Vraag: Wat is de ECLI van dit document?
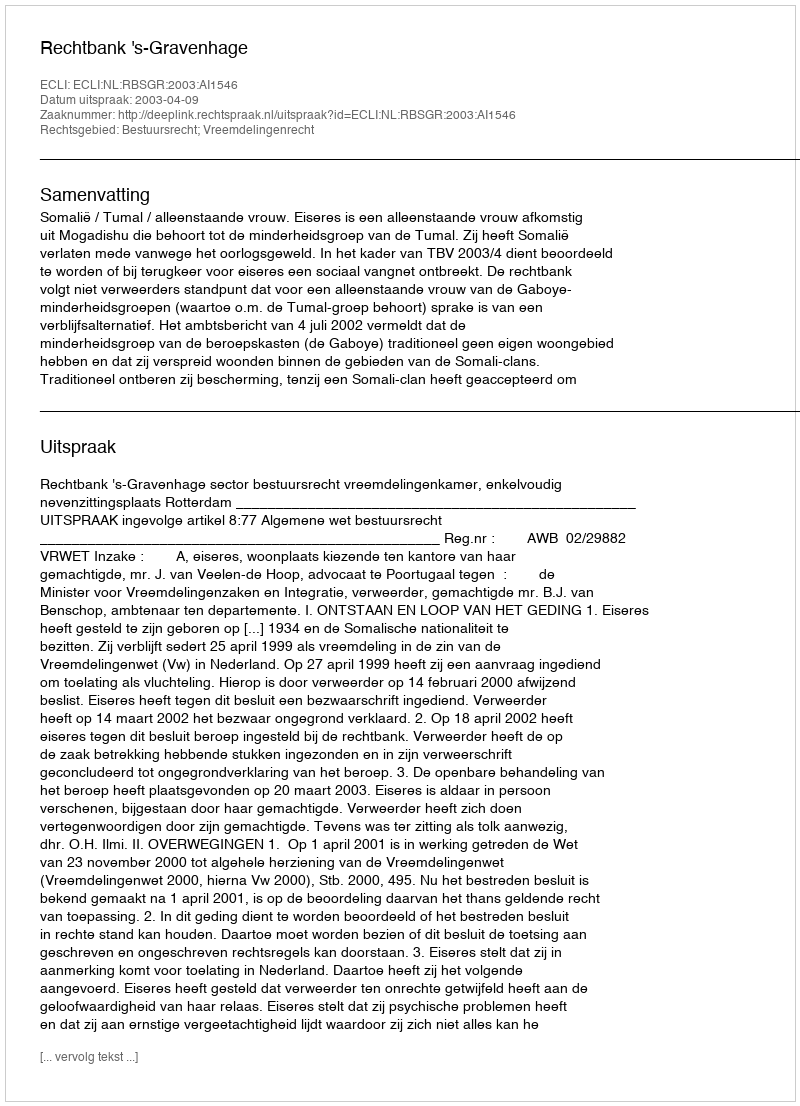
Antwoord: ECLI:NL:RBSGR:2003:AI1546